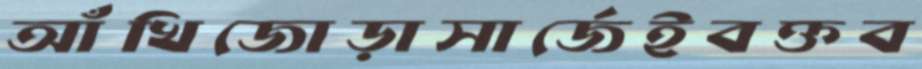
আঁখিজোড়াসার্জেইবক্তব